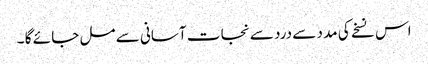
اس نسخے کی مد د سے درد سے نجا ت آسانی سے مل جا ئے گا ۔